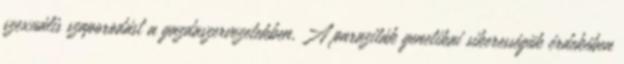
szexuális szaporodást a gazdaszervezetekben. A paraziták genetikai sikerességük érdekében